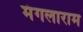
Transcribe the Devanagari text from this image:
मंगलाराम